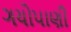
ગયોપાણી